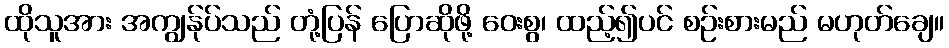
ထိုသူအား အကျွန်ုပ်သည် တုံ့ပြန် ပြောဆိုဖို့ ဝေးစွ၊ ထည့်၍ပင် စဉ်းစားမည် မဟုတ်ချေ။